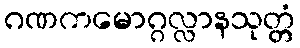
ဂဏကမောဂ္ဂလ္လာနသုတ္တံ